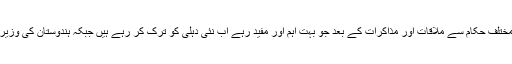
انہوں نے اپنے ٹوئٹ میں لکھا کہ وہ اپنے تین روزہ دورہ نئی دہلی میں اس ملک کے مختلف حکام سے ملاقات اور مذاکرات کے بعد جو بہت اہم اور مفید رہے اب نئی دہلی کو ترک کر رہے ہیں جبکہ ہندوستان کی وزیر خارجہ سشما سوراج اور دیگر ہندوستانی حکام سے ان کی ملاقات بہت تعمیری رہی۔